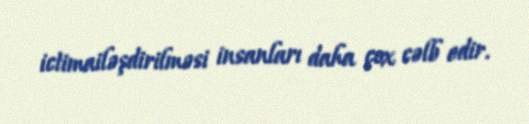
ictimailəşdirilməsi insanları daha çox cəlb edir.